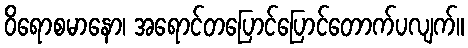
ဝိရောစမာနော၊ အရောင်တပြောင်ပြောင်တောက်ပလျက်။